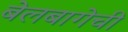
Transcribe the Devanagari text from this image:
बेलबागेची